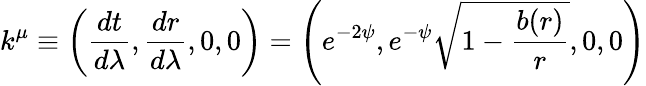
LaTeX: k^{\mu}\equiv\left(\frac{dt}{d\lambda},\frac{dr}{d\lambda},0,0\right)=\left(e^{-2\psi},e^{-\psi}\sqrt{1-\frac{b(r)}{r}},0,0\right)